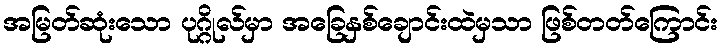
အမြတ်ဆုံးသော ပုဂ္ဂိုလ်မှာ အခြေနှစ်ချောင်းထဲမှသာ ဖြစ်တတ်ကြောင်း